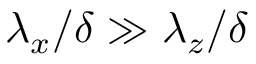
{ \lambda } _ { x } / \delta \gg { \lambda } _ { z } / \delta